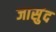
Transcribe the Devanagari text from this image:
जासुंद